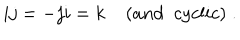
i j = - j i = k \; ( a n d \; \; c y c l i c ) \; .